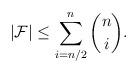
LaTeX: \begin{align*} |\mathcal{F}|\leq \sum_{i=n/2}^{n} {n \choose i}.\end{align*}